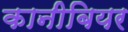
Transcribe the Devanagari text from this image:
कानीबियर